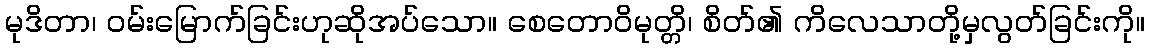
မုဒိတာ၊ ဝမ်းမြောက်ခြင်းဟုဆိုအပ်သော။ စေတောဝိမုတ္တိ၊ စိတ်၏ ကိလေသာတို့မှလွတ်ခြင်းကို။